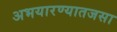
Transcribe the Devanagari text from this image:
अभयारण्यातजसा